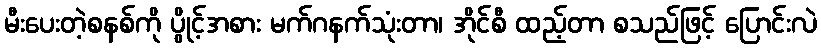
မီးပေးတဲ့စနစ်ကို ပွိုင့်အစား မက်ဂနက်သုံးတာ၊ အိုင်စီ ထည့်တာ စသည်ဖြင့် ပြောင်းလဲ